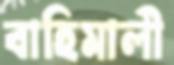
বাহিমালী